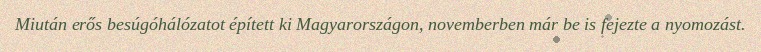
Miután erős besúgóhálózatot épített ki Magyarországon, novemberben már be is fejezte a nyomozást.